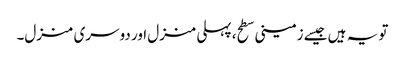
تو یہ ہیں جیسے زمینی سطح، پہلی منزل اور دوسری منزل۔